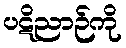
ပဋိညာဉ်ကို